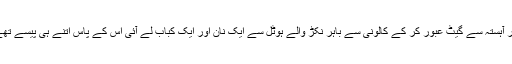
اور آہستہ سے گیٹ عبور کر کے کالونی سے باہر نکڑ والے ہوٹل سے ایک نان اور ایک کباب لے آئی اس کے پاس اتنے ہی پیسے تھے۔